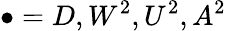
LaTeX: \bullet=D,W^{2},U^{2},A^{2}